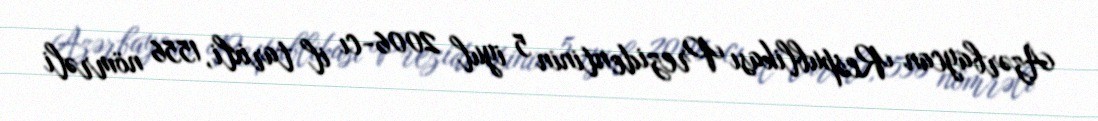
Azərbaycan Respublikası Prezidentinin 5 iyul 2006-cı il tarixli, 1556 nömrəli